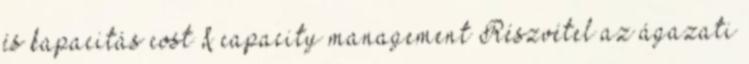
és kapacitás cost & capacity management Részvétel az ágazati